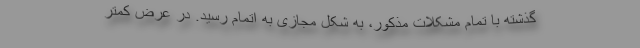
گذشته با تمام مشکلات مذکور، به شکل مجازی به اتمام رسید. در عرض کمتر